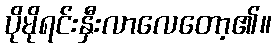
ပိုမိုရင်းနှီးလာလေတော့၏။